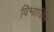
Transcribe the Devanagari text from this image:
विभाजित